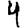
Digit: 4